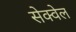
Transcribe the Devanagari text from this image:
सेक्वेल